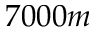
7 0 0 0 m